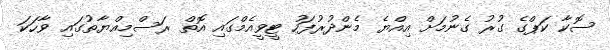
ސޮކާ ކަޕްގެ ގުރު ގެނުމަށް އިއްޔެ މެންދުރުފަހު ޓީވީއެމްގައި އޮތް ރަސްމިއްޔާތުގައި ވާހަކަ